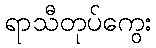
ရာသီတုပ်ကွေး